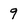
Character: 9